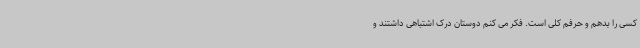
کسی را بدهم و حرفم کلی است. فکر می کنم دوستان درک اشتباهی داشتند و